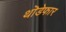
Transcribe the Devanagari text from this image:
थॊडेफार